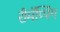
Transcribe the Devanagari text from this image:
रीमॅप्पिंग